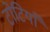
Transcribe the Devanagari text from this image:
टोटियाँ